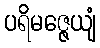
ပရိမဇ္ဇေယျံ